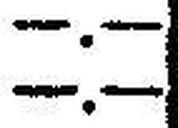
—.—